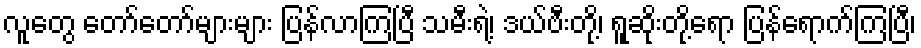
လူတွေ တော်တော်များများ ပြန်လာကြပြီ သမီးရဲ့၊ ဒယ်ဗီးတို့၊ ရူဆိုးတို့ရော ပြန်ရောက်ကြပြီ၊